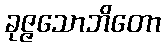
ခုဇ္ဇသောဘိတော